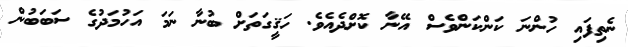
ނެތިފައި ހުންނަ ކަންކަންވެސް އޭނާ ކޮށްދެއެވެ. ހަޤީގަތަށް ބުނާ ނަމަ އަހުމަދުގެ ސަބަބުން